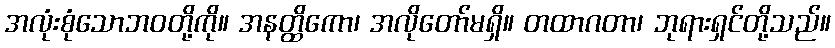
အလုံးစုံသောဘဝတို့ကို။ အနတ္ထိကော၊ အလိုတော်မရှိ။ တထာဂတာ၊ ဘုရားရှင်တို့သည်။